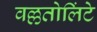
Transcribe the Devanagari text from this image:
वल्लतोलिंटे